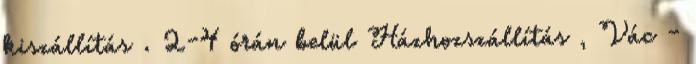
kiszállítás . 2-4 órán belül Házhozszállítás , Vác -